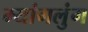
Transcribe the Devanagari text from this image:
म्यांगलुंग